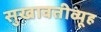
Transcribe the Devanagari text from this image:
सुखावतीव्यूह